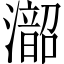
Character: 𪷰